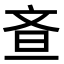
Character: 𭤘